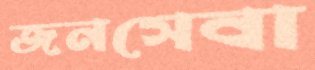
জনসেবা